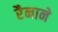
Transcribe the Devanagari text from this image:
रैनाने